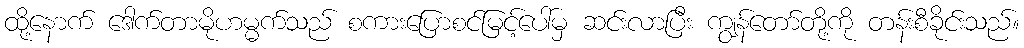
ထို့နောက် ဒေါက်တာမိုဟမ္မက်သည် စကားပြောစင်မြင့်ပေါ်မှ ဆင်းလာပြီး ကျွန်တော်တို့ကို တန်းစီခိုင်းသည်။